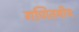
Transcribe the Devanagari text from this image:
गणितयीय